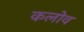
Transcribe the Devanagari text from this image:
कलोव